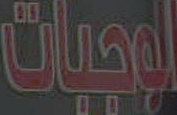
الوجبات